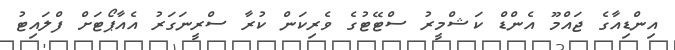
އިންޑިއާގެ ޖައްމޫ އެންޑް ކަޝްމީރު ސްޓޭޓުގެ ވެރިކަން ކުރާ ސްރީނަގަރު އެއާޕޯޓަށް ފްލައިޓު